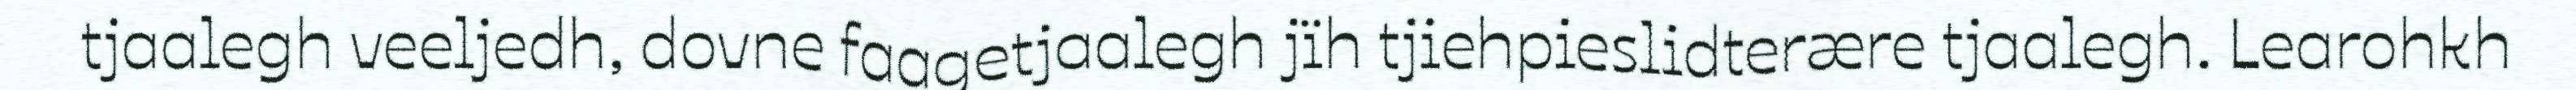
tjaalegh veeljedh, dovne faagetjaalegh jïh tjiehpieslidterære tjaalegh. Learohkh